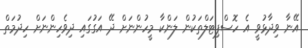
އޭނާ ވިދާޅުވީ އެ ހޮސްޕިޓަލްތަކުން ލަންކާ މީހުންނަށް ދޭ އަގުގައި ދިވެހިންނަށް ހިދުމަތް